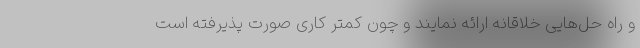
و راه ­حل­هایی خلاقانه ارائه نمایند و چون کمتر کاری صورت پذیرفته است